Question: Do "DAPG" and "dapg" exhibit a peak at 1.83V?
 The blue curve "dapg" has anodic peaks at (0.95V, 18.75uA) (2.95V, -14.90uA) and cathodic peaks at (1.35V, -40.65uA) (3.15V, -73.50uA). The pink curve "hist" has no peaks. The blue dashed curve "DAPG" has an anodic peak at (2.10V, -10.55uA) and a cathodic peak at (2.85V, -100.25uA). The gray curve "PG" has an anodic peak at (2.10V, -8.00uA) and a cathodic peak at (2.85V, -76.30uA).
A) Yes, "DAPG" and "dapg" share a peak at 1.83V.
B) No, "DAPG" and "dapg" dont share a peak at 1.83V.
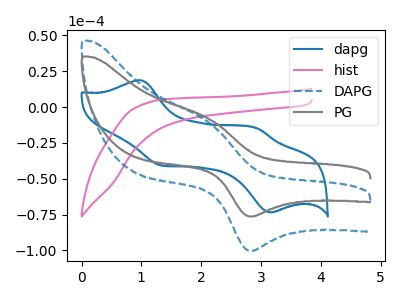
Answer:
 <answer>B) No, "DAPG" and "dapg" dont share a peak at 1.83V.</answer>
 <eval>B</eval>